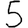
Digit: 5